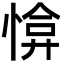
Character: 𢜰